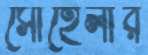
সোহেলীর